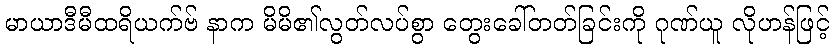
မာယာဒီမီထရိယက်ဗ် နာက မိမိ၏လွတ်လပ်စွာ တွေးခေါ်တတ်ခြင်းကို ဂုဏ်ယူ လိုဟန်ဖြင့်